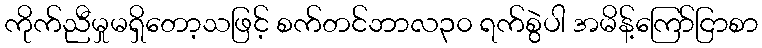
ကိုက်ညီမှုမရှိတော့သဖြင့် စက်တင်ဘာလ၃၀ ရက်စွဲပါ အမိန့်ကြော်ငြာစာ